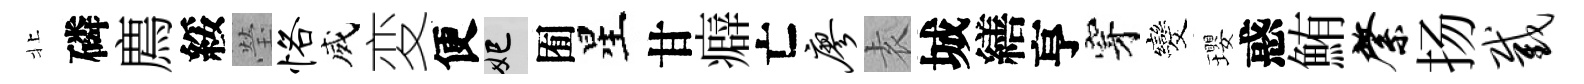
北磷廌綏瑩恪威変便妃囿星甘癖亡廖𡊮城繕亨穿发瓔惑鮪綮扬截